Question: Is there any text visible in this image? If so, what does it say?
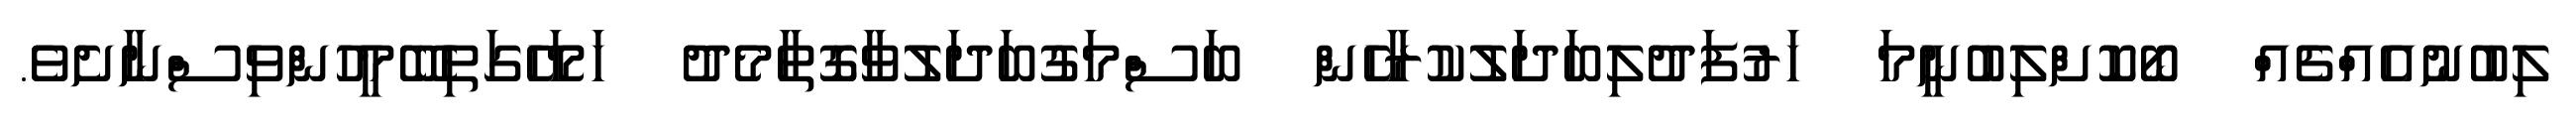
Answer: ލިބުނުއެއްޗެއް ބޯކޮށްލިބުނީމަ ހަރުފަދުލިބަދަލުކުރާހެން ބަސްމަގުބަދަލުވާގޮތާމެދު ހަމަހޭގަތިބޭމީހުންވިސްނާށެވެ.